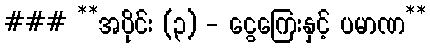
### **အပိုင်း (၃) - ငွေကြေးနှင့် ပမာဏ**